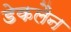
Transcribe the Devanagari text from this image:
डेकलैन